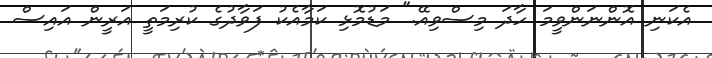
އެކަނި އޮންނަންވީމަ ހާދަ މިސްވިއޭ." މަޑުމޮޅި ކަމާއެކު ފަވާދުގެ ކުރިމަތީ އަރީން އައިސް